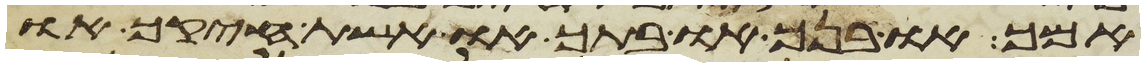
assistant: אמך או בנך או בתך או אשת חיקך או